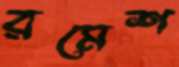
রমেশ